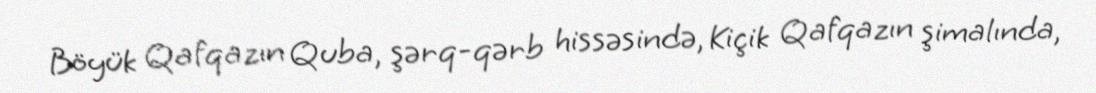
Böyük Qafqazın Quba, şərq-qərb hissəsində, Kiçik Qafqazın şimalında,